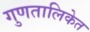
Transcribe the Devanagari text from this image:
गुणतालिकेत